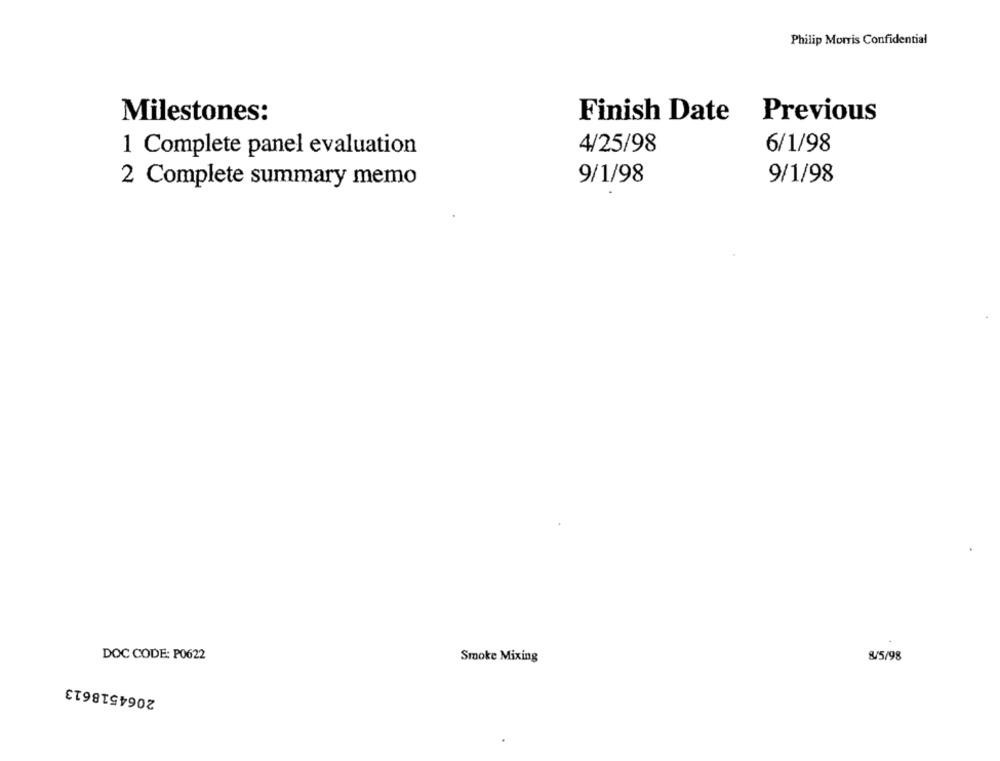
Philip Morris Confidential
Milestones:
Finish Date Previous
1 Complete panel evaluation
4/25/98
6/1/98
9/1/98
9/1/98
2 Complete summary memo
DOC CODE: P0622
Smoke Mixing
8/5/98
2064518613